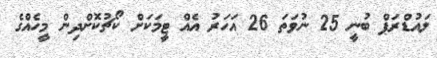
ލައުޑްރަޕް ބުނީ 25 ނުވަތަ 26 އަހަރު އެއް ޓީމަކަށް ކޯޗުކޮށްދިން މީހެއްގެ